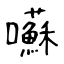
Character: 囌